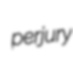
perjury